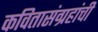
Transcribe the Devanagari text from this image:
कवितासंग्रहांची